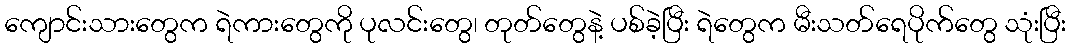
ကျောင်းသားတွေက ရဲကားတွေကို ပုလင်းတွေ၊ တုတ်တွေနဲ့ ပစ်ခဲ့ပြီး ရဲတွေက မီးသတ်ရေပိုက်တွေ သုံးပြီး